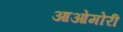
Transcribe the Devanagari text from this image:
आओमोरी